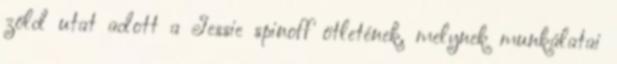
zöld utat adott a Jessie spinoff ötletének, melynek munkálatai